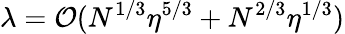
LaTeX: \lambda={\cal O}(N^{1/3}\eta^{5/3}+N^{2/3}\eta^{1/3})